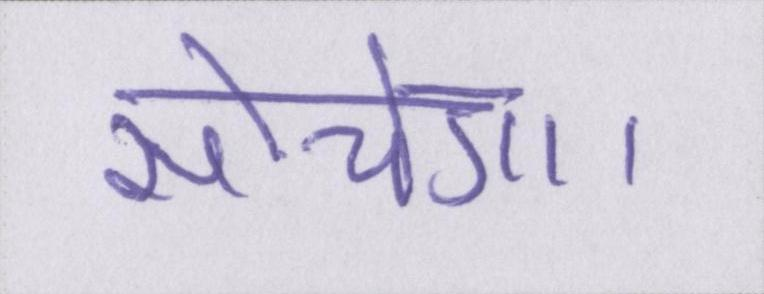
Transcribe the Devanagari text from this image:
सोचेगा